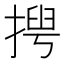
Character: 𢰻